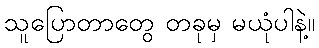
သူပြောတာတွေ တခုမှ မယုံပါနဲ့။